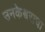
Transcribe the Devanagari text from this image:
उनकेश्वराचा